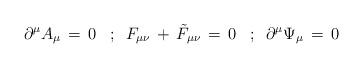
LaTeX: \begin{align*}\,\,\,\,\partial^\mu A_\mu\,=\,0\,\,\,\,\,;\,\,\,F_{\mu\nu}\,+\, {\tilde F}_{\mu\nu}\,=\,0\,\,\,\,\,;\,\,\,\partial^\mu \Psi_\mu\,=\,0\end{align*}